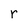
Character: r